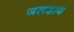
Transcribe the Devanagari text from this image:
जलशाय